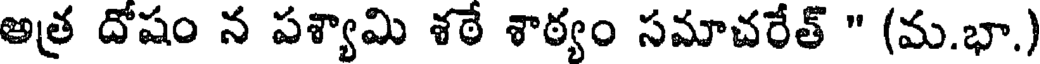
అత్ర దోషం న పశ్యామి శఠే శాఠ్యం సమాచరేత్ " (మ.భా.)